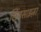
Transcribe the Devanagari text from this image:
सिंथसाइज़र